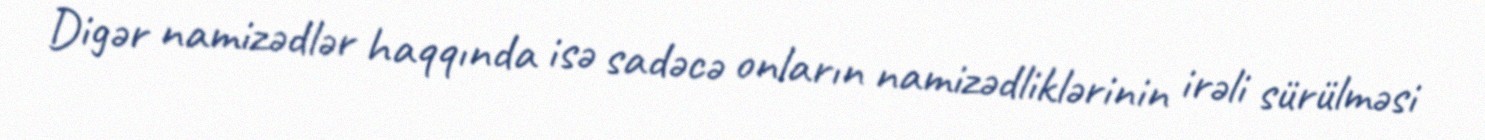
Digər namizədlər haqqında isə sadəcə onların namizədliklərinin irəli sürülməsi